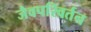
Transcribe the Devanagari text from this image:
जैवपरिवर्तन